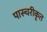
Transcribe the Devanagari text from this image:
पास्चरीकृत